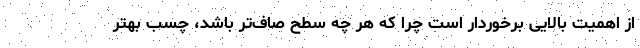
از اهمیت بالایی برخوردار است چرا که هر چه سطح صاف‌تر باشد، چسب بهتر